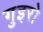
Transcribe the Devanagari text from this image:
गुइरो